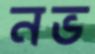
নভ